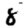
Digit: 8